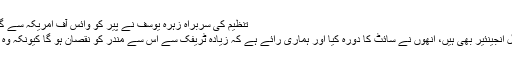
تنظیم کی سربراہ زہرہ یوسف نے پیر کو وائس آف امریکہ سے گفتگو کرتے ہوئے کہا کہ
’’ہمارے ممبر جو کہ سول انجینئیر بھی ہیں، اُنھوں نے سائٹ کا دورہ کیا اور ہماری رائے ہے کہ زیادہ ٹریفک سے اس سے مندر کو نقصان ہو گا کیونکہ وہ عمارت بہت کمزور ہے۔